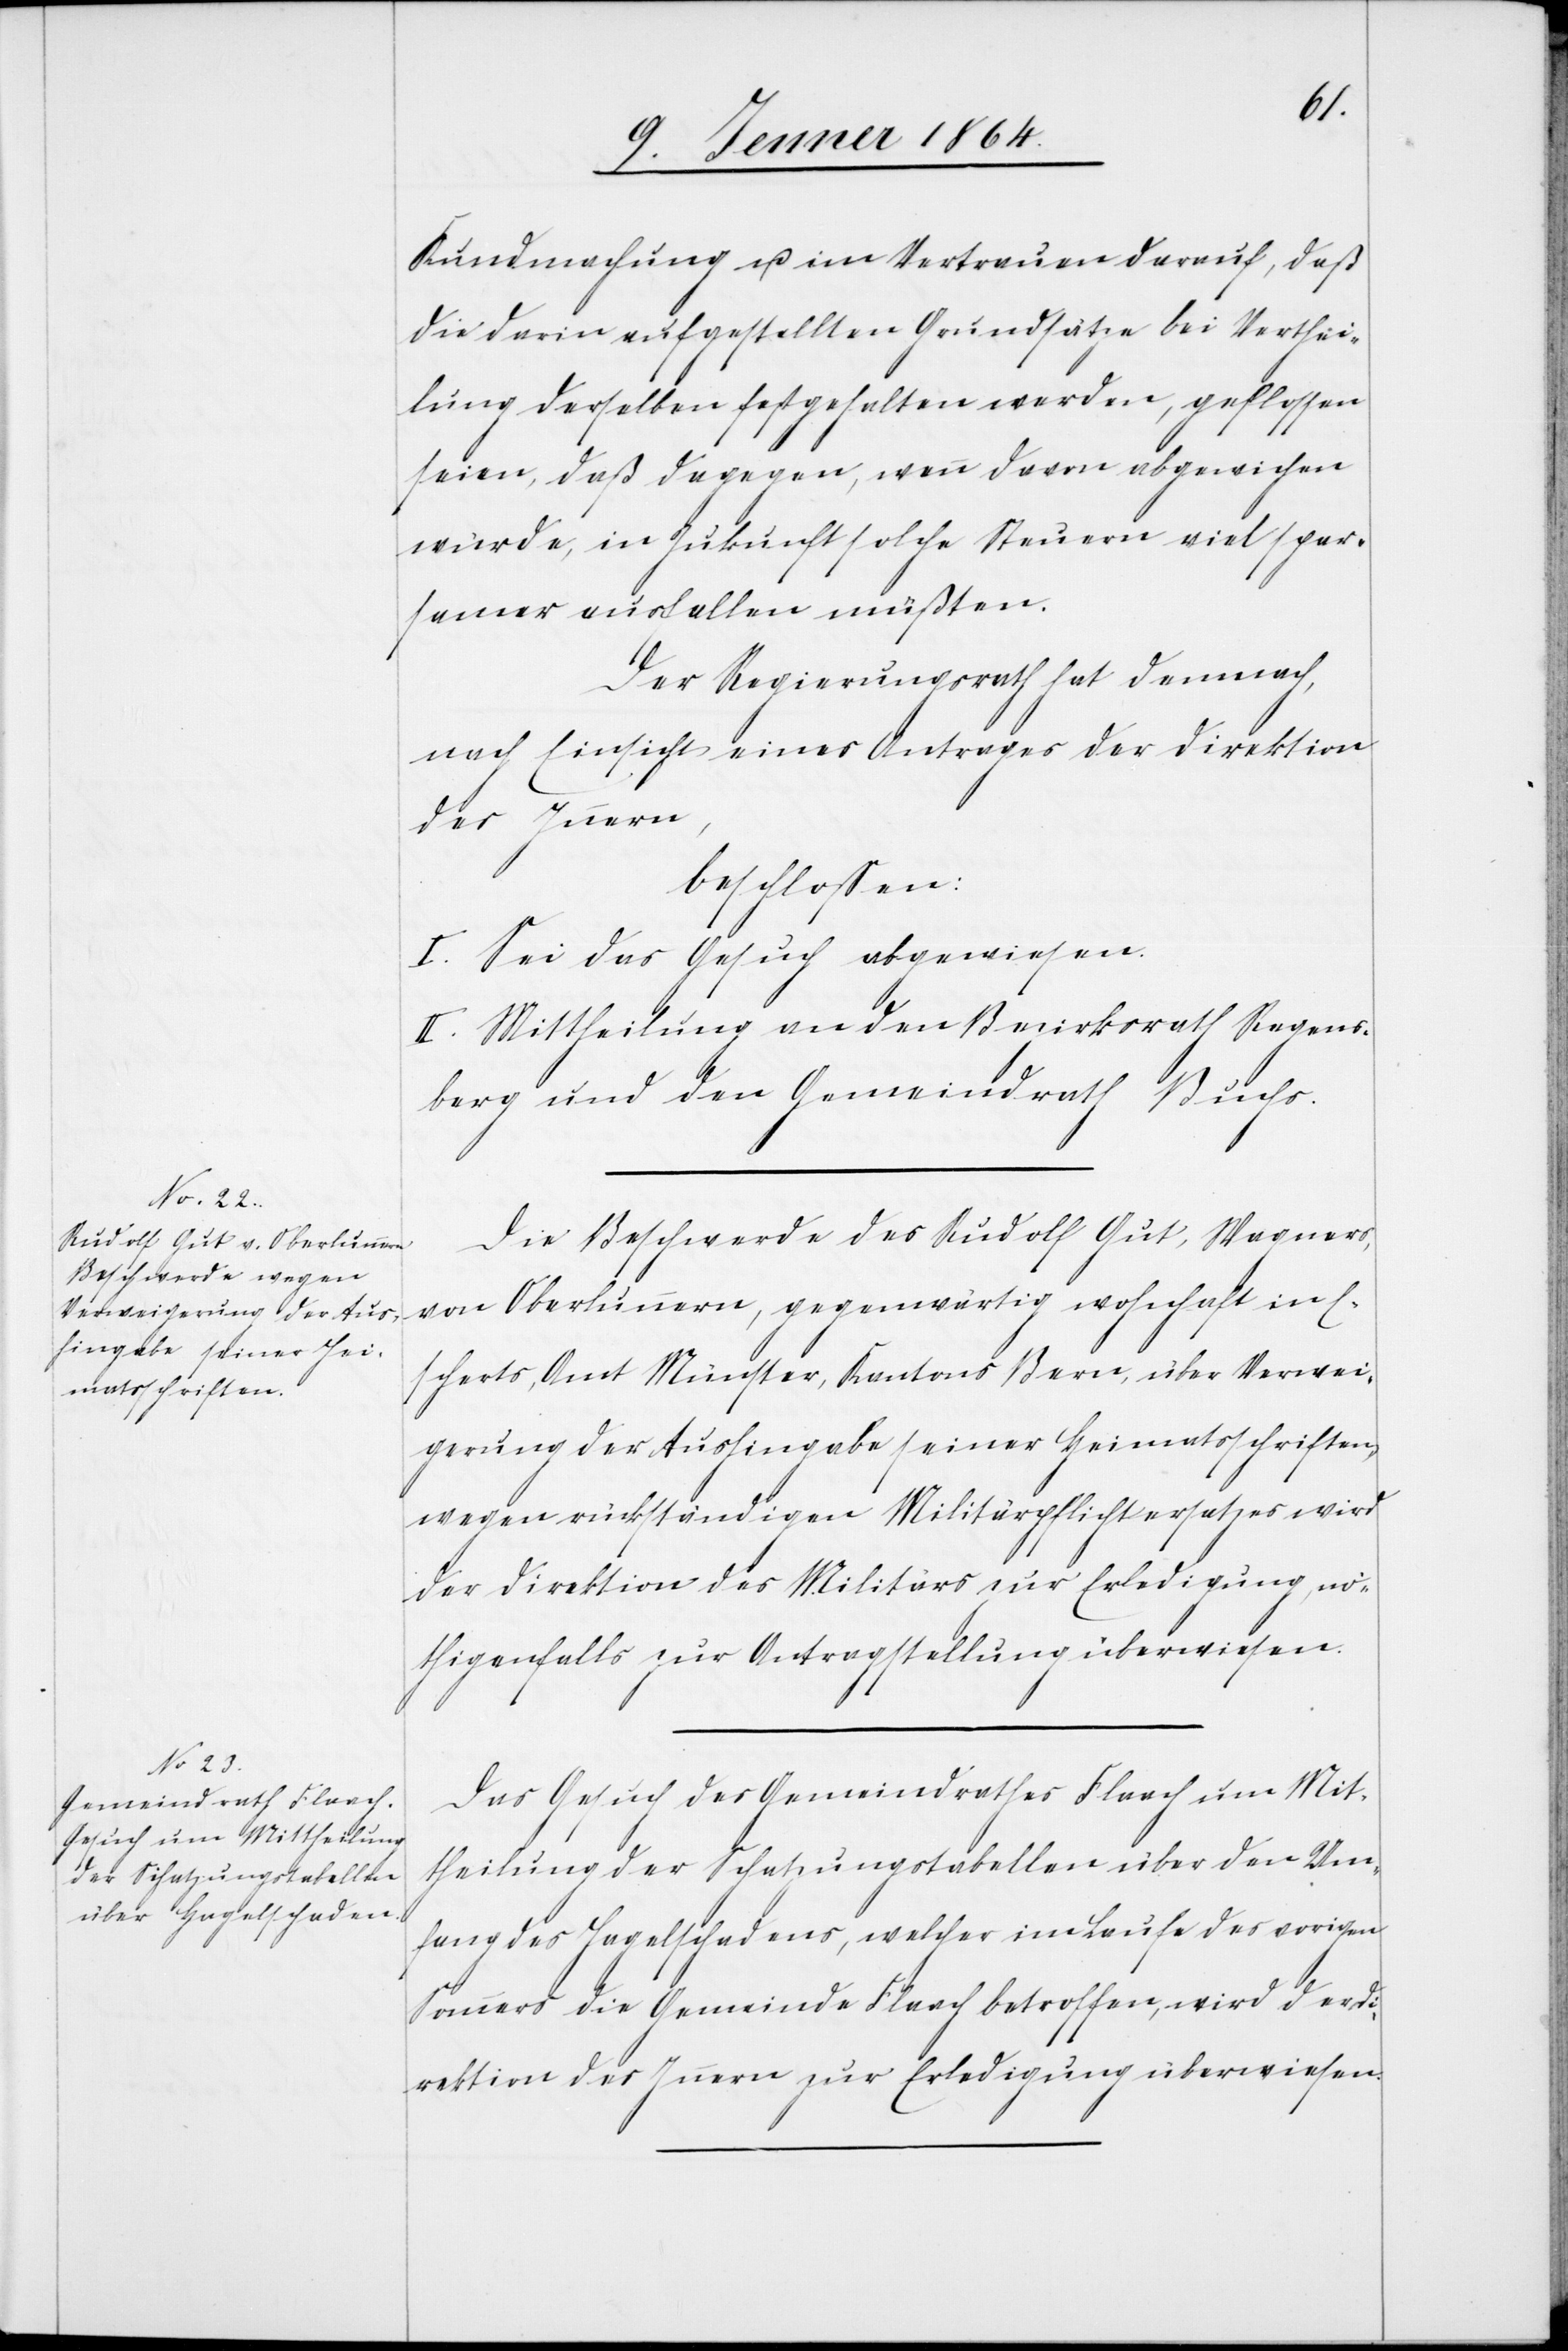
Kundmachung u. im Vertrauen darauf, daß
die darin aufgestellten Grundsätze bei Verthei¬
lung derselben festgehalten werden, geflossen
seien, daß dagegen, wenn davon abgewichen
würde, in Zukunft solche Steuern viel spar¬
samer ausfallen müßten.
Der Regierungsrath hat demnach,
nach Einsicht eines Antrages der Direktion
des Innern,
beschlossen:
I. Sei das Gesuch abgewiesen.
II. Mittheilung an den Bezirksrath Regens¬
berg und den Gemeindrath Buchs.
Die Beschwerde des Rudolf Gut, Wagners,
von Oberlunnern, gegenwärtig wohnhaft in E¬
scherts, Amt Münster, Kantons Bern, über Verwei¬
gerung der Aushingabe seiner Heimatsschriften,
wegen rückständigen Militärpflichtersatzes wird
der Direktion des Militärs zur Erledigung, nö¬
thigenfalls zur Antragstellung überwiesen.
Das Gesuch des Gemeindrathes Flaach um Mit¬
theilung der Schatzungstabellen über den Um¬
fang des Hagelschadens, welcher im Laufe des vorigen
Sommers die Gemeinde Flaach betroffen, wird der Di¬
rektion des Innern zur Erledigung überweisen.